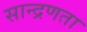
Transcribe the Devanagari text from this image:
सान्द्रणता